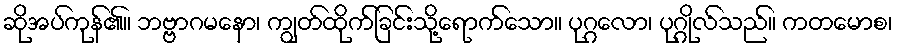
ဆိုအပ်ကုန်၏။ ဘဗ္ဗာဂမနော၊ ကျွတ်ထိုက်ခြင်းသို့ရောက်သော။ ပုဂ္ဂလော၊ ပုဂ္ဂိုလ်သည်။ ကတမောစ၊